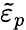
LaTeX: \tilde{\varepsilon}_{p}